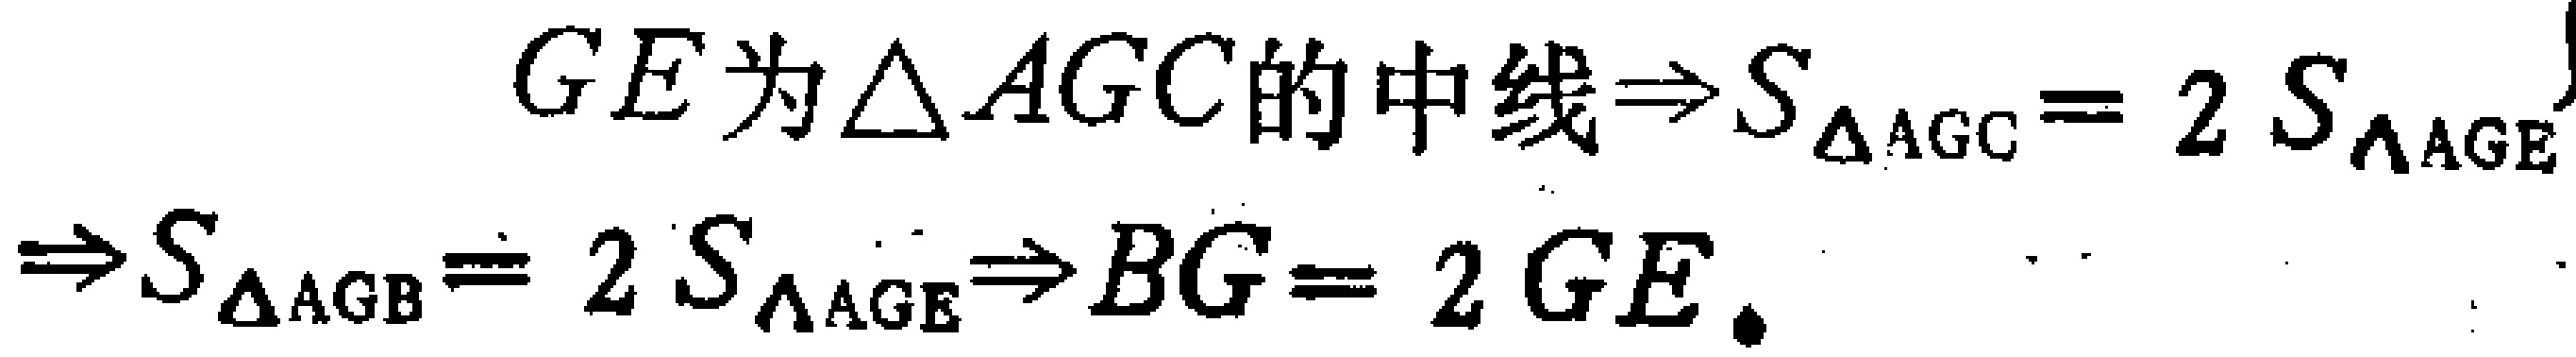
\[
\begin{align*}
GE\text{ 为}\triangle AGC\text{ 的中线}&\Rightarrow S_{\triangle AGC}=2S_{\triangle AGE}\\
\Rightarrow S_{\triangle AGB}=2S_{\triangle AGE}&\Rightarrow BG = 2GE.
\end{align*}
\]